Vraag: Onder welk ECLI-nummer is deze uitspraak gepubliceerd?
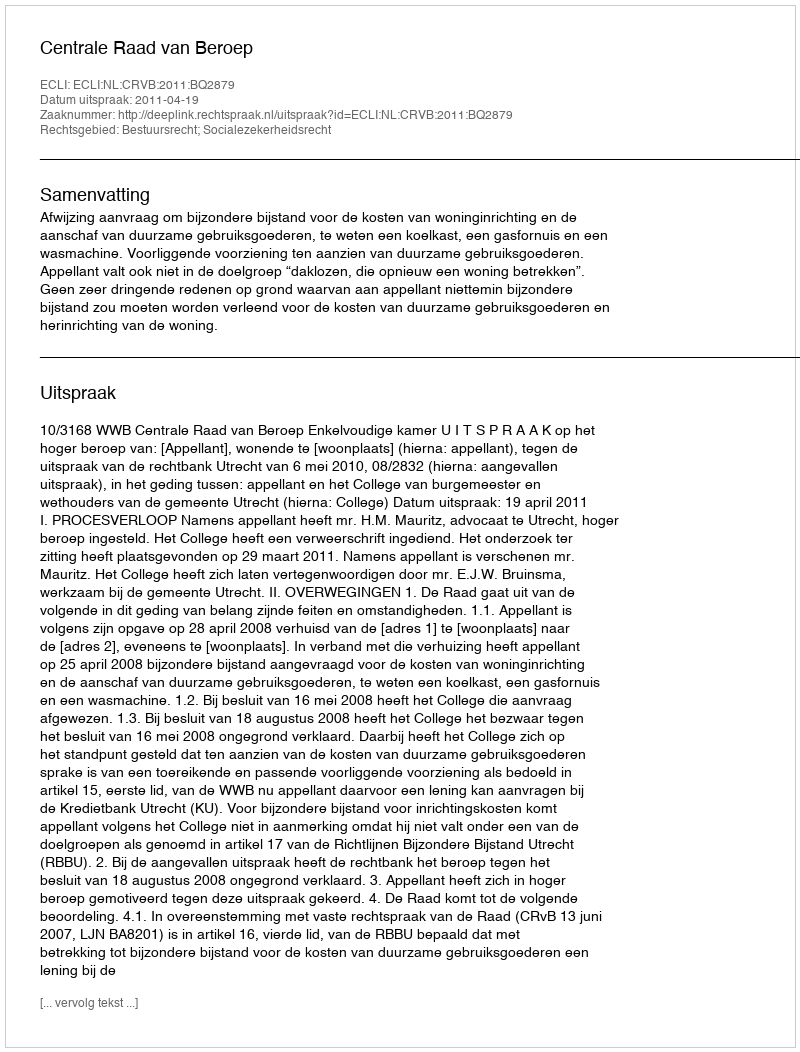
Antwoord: ECLI:NL:CRVB:2011:BQ2879